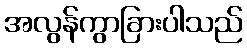
အလွန်ကွာခြားပါသည်